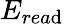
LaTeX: E_{rea\mathrm{d}}